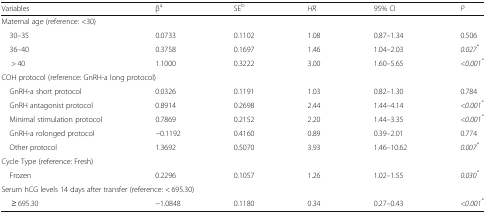
<table><thead><tr><td><b>Variables</b></td><td><b>β<sup>a</sup></b></td><td><b>SE<sup>b</sup></b></td><td><b><i>HR</i></b></td><td><b>95% CI</b></td><td><b><i>P</i></b></td></tr></thead><tbody><tr><td colspan="6">Maternal age (reference: &lt;30)</td></tr><tr><td> 30–35</td><td>0.0733</td><td>0.1102</td><td>1.08</td><td>0.87–1.34</td><td>0.506</td></tr><tr><td> 36–40</td><td>0.3758</td><td>0.1697</td><td>1.46</td><td>1.04–2.03</td><td><i>0.027</i><sup><i>*</i></sup></td></tr><tr><td>&gt; 40</td><td>1.1000</td><td>0.3222</td><td>3.00</td><td>1.60–5.65</td><td><i>&lt;0.001</i><sup><i>*</i></sup></td></tr><tr><td colspan="6">COH protocol (reference: GnRH-a long protocol)</td></tr><tr><td> GnRH-a short protocol</td><td>0.0326</td><td>0.1191</td><td>1.03</td><td>0.82–1.30</td><td>0.784</td></tr><tr><td> GnRH antagonist protocol</td><td>0.8914</td><td>0.2698</td><td>2.44</td><td>1.44–4.14</td><td><i>&lt;0.001</i><sup><i>*</i></sup></td></tr><tr><td> Minimal stimulation protocol</td><td>0.7869</td><td>0.2152</td><td>2.20</td><td>1.44–3.35</td><td><i>&lt;0.001</i><sup><i>*</i></sup></td></tr><tr><td> GnRH-a rolonged protocol</td><td>−0.1192</td><td>0.4160</td><td>0.89</td><td>0.39–2.01</td><td>0.774</td></tr><tr><td> Other protocol</td><td>1.3692</td><td>0.5070</td><td>3.93</td><td>1.46–10.62</td><td><i>0.007</i><sup><i>*</i></sup></td></tr><tr><td colspan="6">Cycle Type (reference: Fresh)</td></tr><tr><td> Frozen</td><td>0.2296</td><td>0.1057</td><td>1.26</td><td>1.02–1.55</td><td><i>0.030</i><sup><i>*</i></sup></td></tr><tr><td colspan="6">Serum hCG levels 14 days after transfer (reference: &lt; 695.30)</td></tr><tr><td>≥ 695.30</td><td>−1.0848</td><td>0.1180</td><td>0.34</td><td>0.27–0.43</td><td><i>&lt;0.001</i><sup><i>*</i></sup></td></tr></tbody></table>